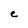
Character: e